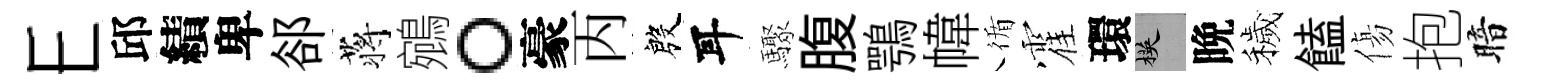
E邱績卑郤蒋鵷。豪丙殷耳驟腹鶚幃循霍環楧晩穢饁傷抱暗